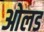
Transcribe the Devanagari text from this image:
ओलड